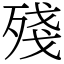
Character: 殘